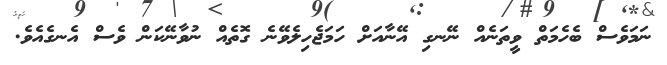
ނަމަވެސް ބެހެމަތް ވީތަނެއް ނޭނގި އޭނާއަށް ހަމަޖެހިލެވޭނެ ގޮތެއް ނުވާނޭކަން ވެސް އެނގެއެވެ.